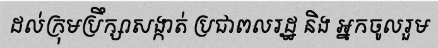
ដល់ក្រុមប្រឹក្សាសង្កាត់ ប្រជាពលរដ្ឋ និង អ្នកចូលរួម